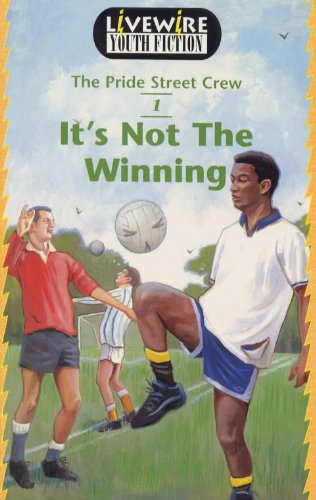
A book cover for Livewire: Youth Fiction; Mike Wilson; Teen & Young Adult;